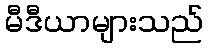
မီဒီယာများသည်